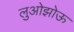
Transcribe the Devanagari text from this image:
लुओझोऊ